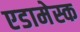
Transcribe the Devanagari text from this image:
एडामेस्क